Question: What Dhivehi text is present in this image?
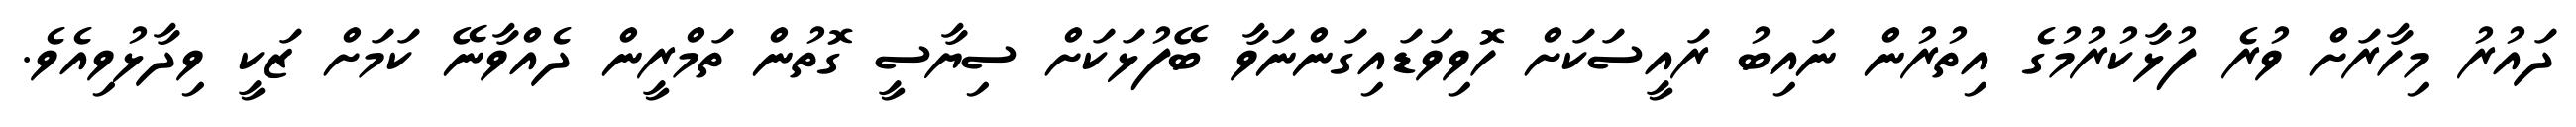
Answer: ދައުރު މިހާރަށް ވުރެ ފުޅާކުރުމުގެ އިތުރުން ނައިބު ރައީސަކަށް ހޮވިވަޑައިގަންނަވާ ބޭފުޅަކަށް ސިޔާސީ ގޮތުން ތަމްރީން ދެއްވާނޭ ކަމަށް ޒަކީ ވިދާޅުވިއެވެ.